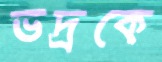
ভদ্রকে